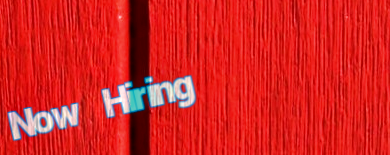
Now Hiring